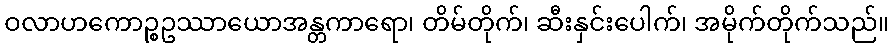
ဝလာဟကောဉ္စဥဿာယောအန္တကာရော၊ တိမ်တိုက်၊ ဆီးနှင်းပေါက်၊ အမိုက်တိုက်သည်။